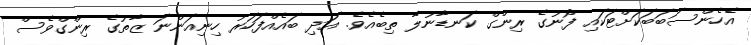
އެހެންސަބަބަކަށްޓަކައި ފޯނުގެ ރިންގް ކަނޑާނުލާ ތިބެއެވެ. އަދި ބައެއްފަހަރު ހިނިއަންނަ ޒާތުގެ ރިންގްވެސް